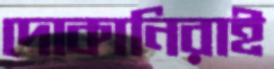
দোকানিরাই